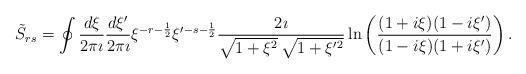
LaTeX: \begin{align*}\tilde{S}_{rs}=\oint\frac{d\xi}{2\pi\imath}\frac{d\xi'}{2\pi\imath}\xi^{-r-\frac{1}{2}}\xi'{}^{-s-\frac{1}{2}}\frac{2\imath}{\sqrt{1+\xi^2}\,\sqrt{1+\xi'{}^2}}\ln\left(\frac{(1+i\xi)(1-i\xi')}{(1-i\xi)(1+i\xi')}\right).\end{align*}